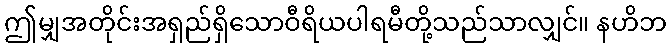
ဤမျှအတိုင်းအရှည်ရှိသောဝီရိယပါရမီတို့သည်သာလျှင်။ နဟိဘ